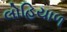
લોહિયાળ